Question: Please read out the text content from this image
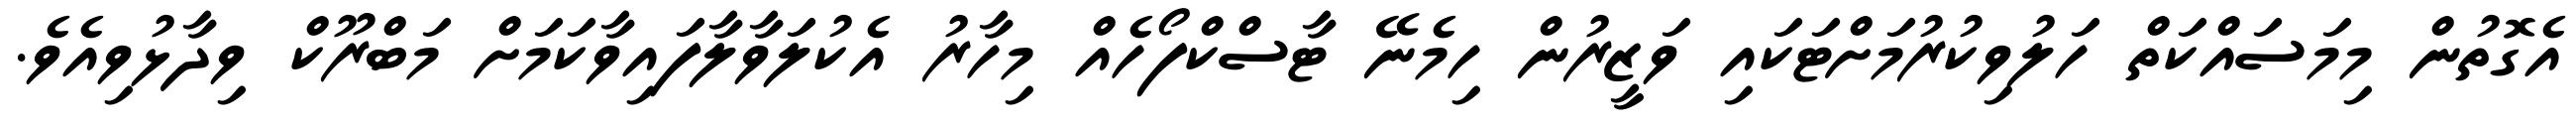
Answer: އެގޮތުން މިމަސައްކަތް ހަލުވިކުރުމަށްޓަކައި ވަޒީރުން ހިމެނޭ ޓާސްކްފޯހެއް މިހާރު އެކުލަވާލާފައިވާކަމަށް މަބްރޫކް ވިދާޅުވިއެވެ.